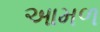
આમળ